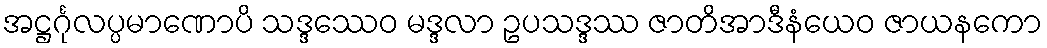
အဋ္ဌင်္ဂုလပ္ပမာဏောပိ သဒ္ဒဿေဝ မဒ္ဒလာ ဥပသဒ္ဒဿ ဇာတိအာဒီနံယေဝ ဇာယနကော